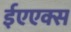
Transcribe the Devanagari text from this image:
ईएएक्स